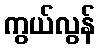
ကွယ်လွန်